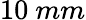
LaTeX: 10\ mm